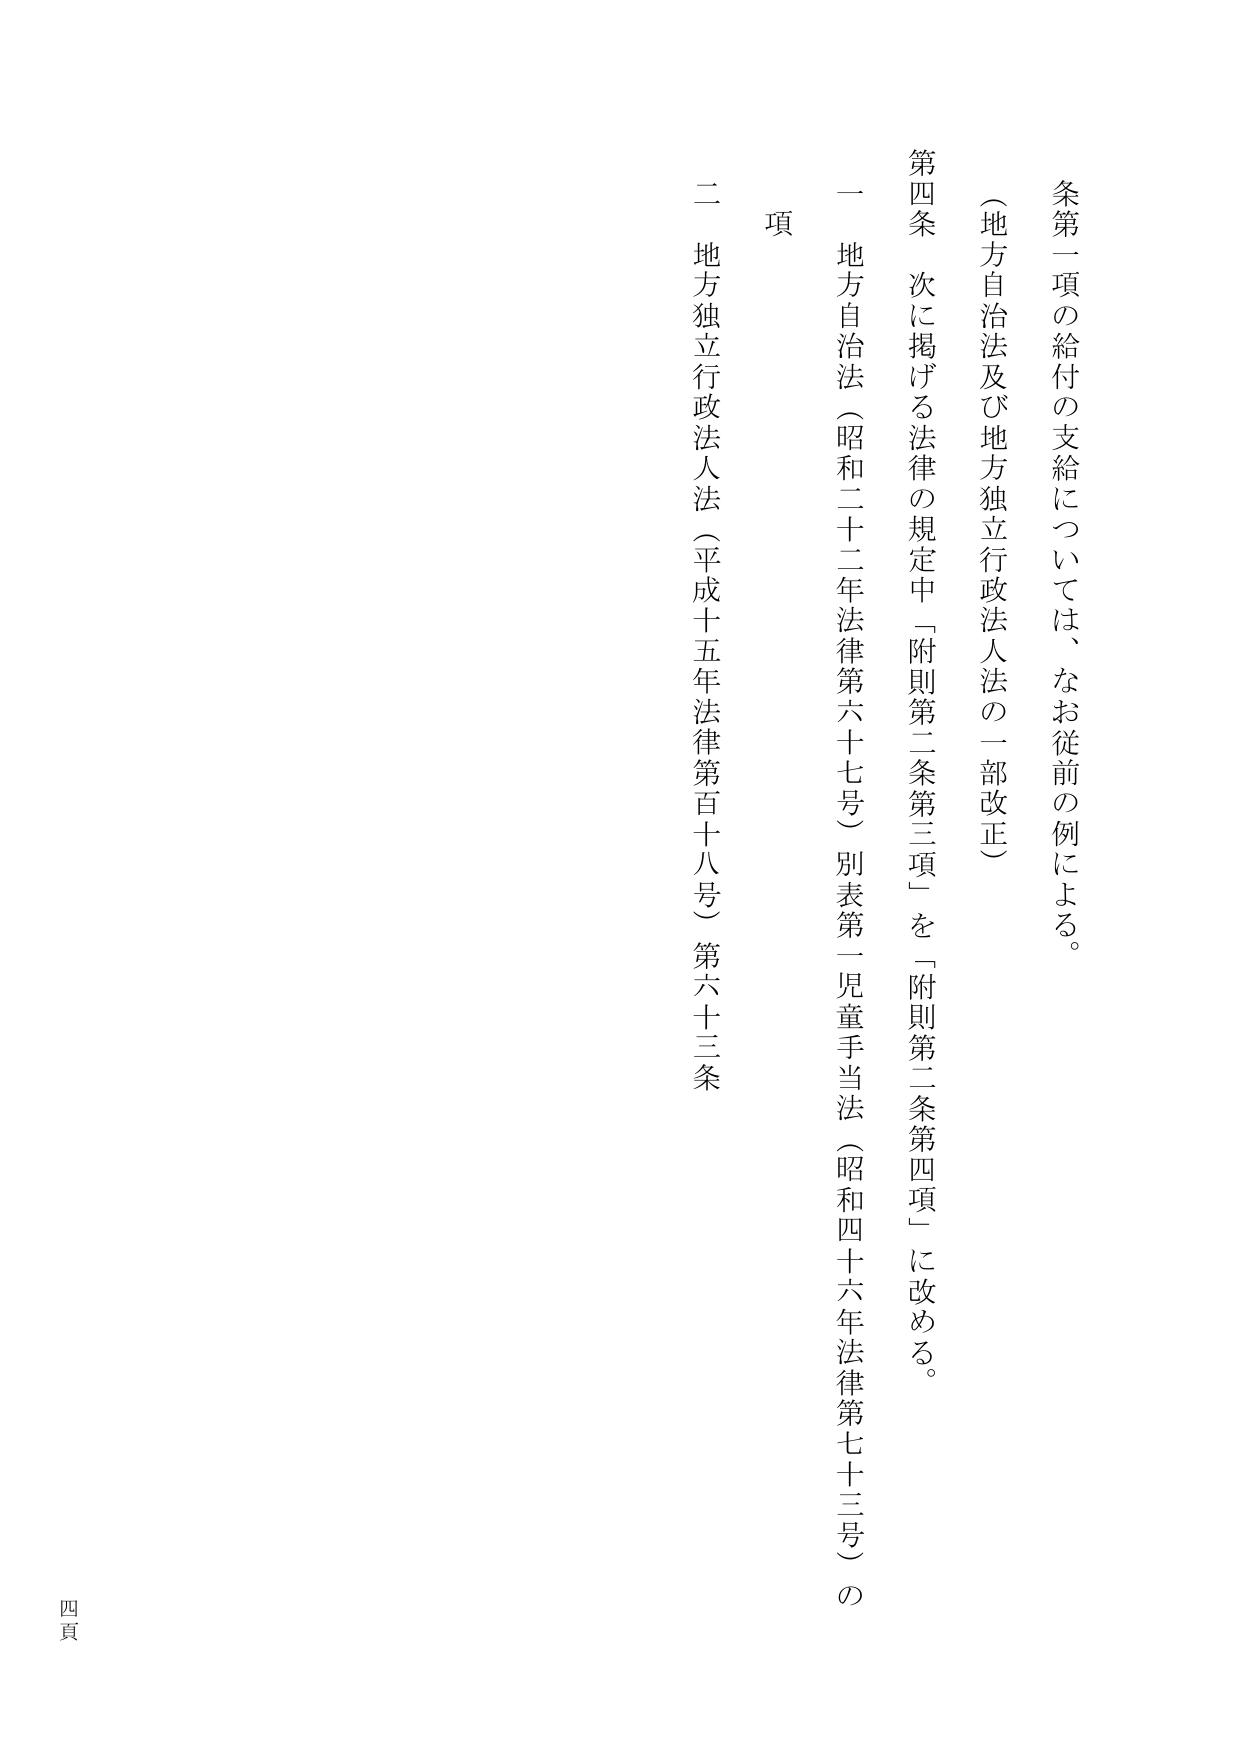
条第一項の給付の支給については、なお従前の例による。

（地方自治法及び地方独立行政法人法の一部改正）

第四条 次に掲げる法律の規定中「附則第二条第三項」を「附則第二条第四項」に改める。

一 地方自治法（昭和二十二年法律第六十七号）別表第一児童手当法（昭和四十六年法律第七十三号）の

項

二 地方独立行政法人法（平成十五年法律第百十八号）第六十三条

四頁